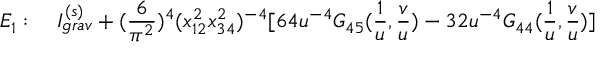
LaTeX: E _ { 1 } : \quad I _ { g r a v } ^ { ( s ) } + ( \frac { 6 } { \pi ^ { 2 } } ) ^ { 4 } ( x _ { 1 2 } ^ { 2 } x _ { 3 4 } ^ { 2 } ) ^ { - 4 } [ 6 4 u ^ { - 4 } G _ { 4 5 } ( \frac { 1 } { u } , \frac { v } { u } ) - 3 2 u ^ { - 4 } G _ { 4 4 } ( \frac { 1 } { u } , \frac { v } { u } ) ]